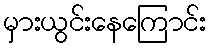
မှားယွင်းနေကြောင်း